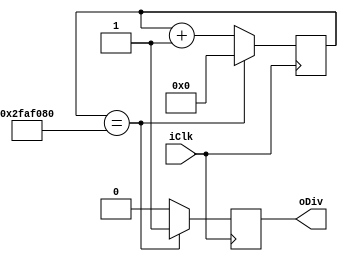
module DivFrec (
	input iClk,
	output oDiv
	);
	
	
	reg rDiv_D;
	reg rDiv_Q;
	
	reg [25:0] rCount_D;
	reg [25:0] rCount_Q;
	
	assign oDiv = rDiv_Q;
	
	always @ (posedge iClk)
	begin
		rDiv_Q <= rDiv_D;
		rCount_Q <= rCount_D;
	end
	
	
	always @*
	begin
		if (rCount_Q == 26'd50000000)
		begin
			rDiv_D = 1'b1;
			rCount_D = 26'd0;
		end
		else
		begin
			rDiv_D = 1'b0;
			rCount_D = rCount_Q + 1'd1;
		end
	end
	
	endmodule